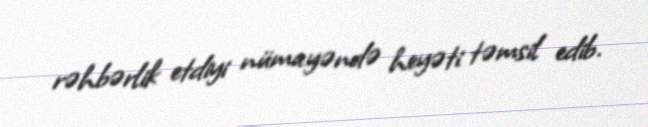
rəhbərlik etdiyi nümayəndə heyəti təmsil edib.